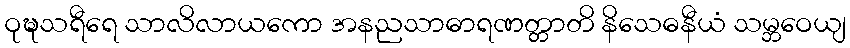
ဝုဍ္ဎသရီရေ သာလိလာယကော အနညသာဓာရဏတ္တာတိ နိသေဓနီယံ သမ္ဘဝေယျ